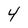
Character: 4